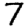
Digit: 7